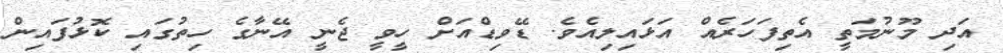
އަދި މޫނުމަތީ އެތިފަހަރެއް އަޅައިލިއެވެ. ޑޭވިޑްއަށް ހީވީ ޖެނީ އޭނާގެ ހިތުގައި ކޮޅުފައިން